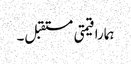
ہمارا قیمتی مستقبل۔